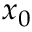
x _ { 0 }